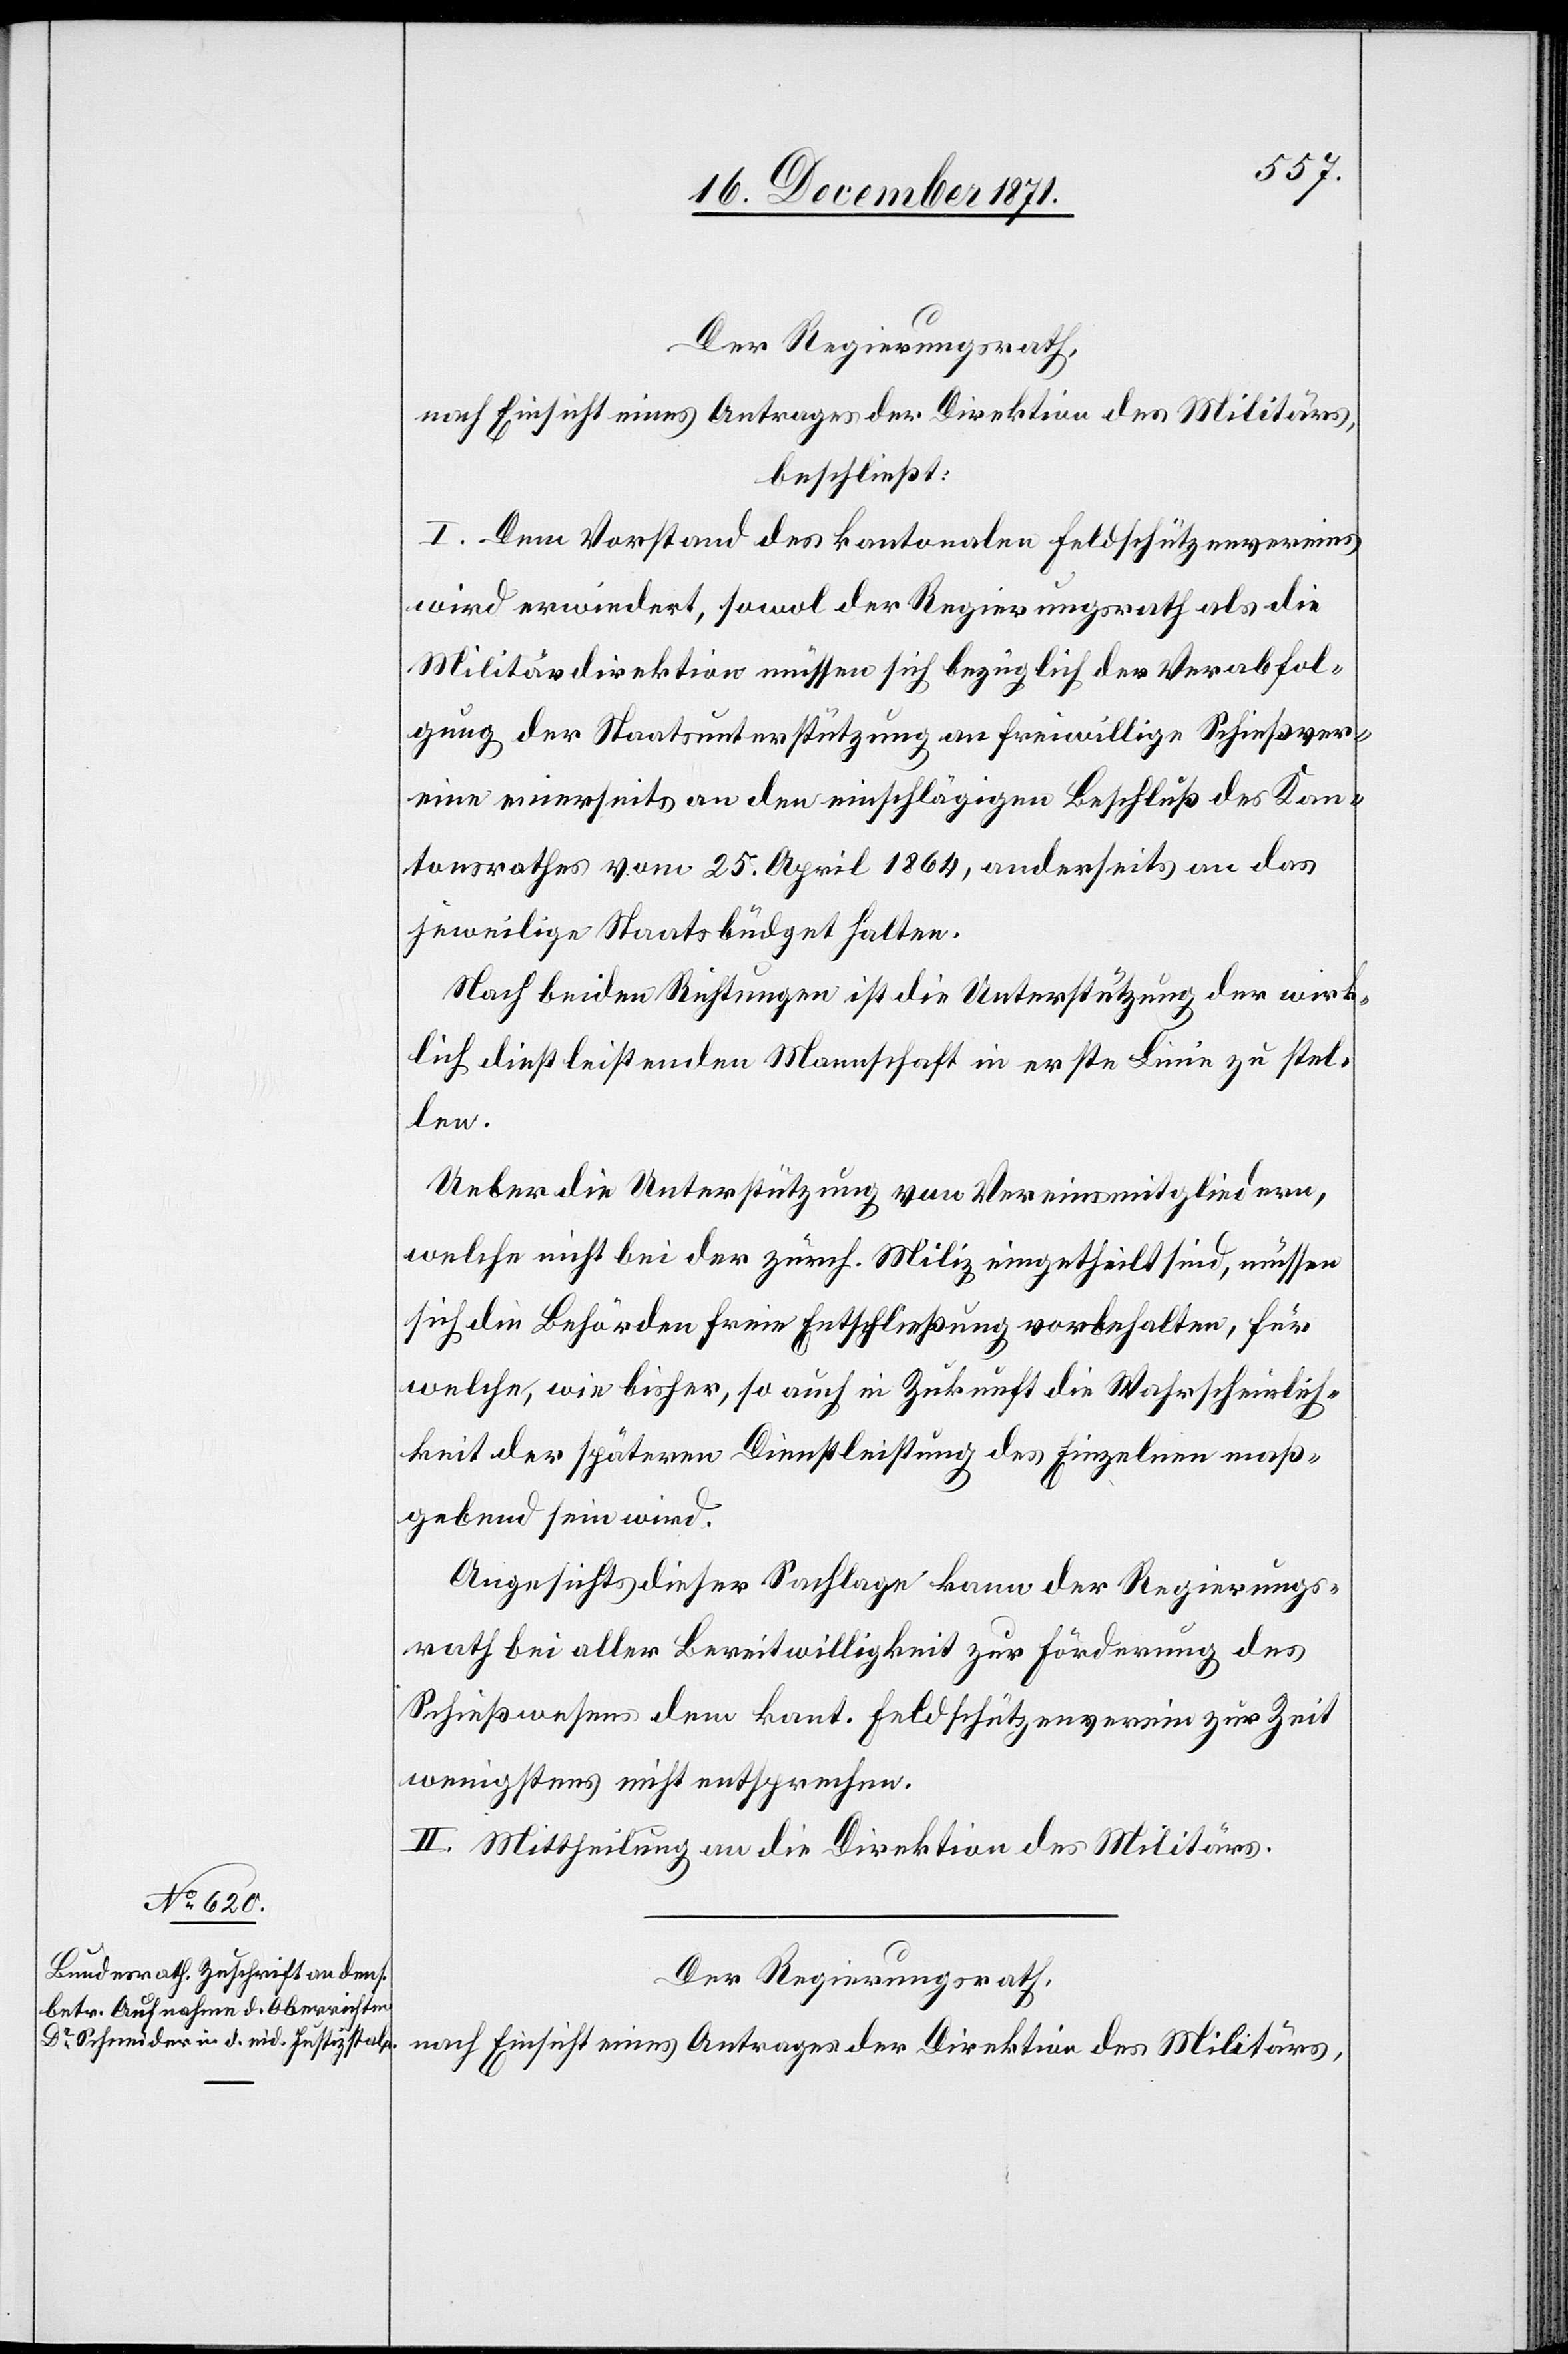
Der Regierungsrath,
nach Einsicht eines Antrages der Direktion des Militärs,
beschließt:
I. Dem Vorstand des kantonalen Feldschützenvereins
wird erwiedert, sowol der Regierungsrath als die
Militärdirektion müssen sich bezüglich der Verabfol¬
gung der Staatsunterstützung an freiwillige Schießver¬
eine einerseits an den einschlägigen Beschluß des Kan¬
tonsrathes vom 25. April 1864, anderseits an das
jeweilige Staatsbüdget halten.
Nach beiden Richtungen ist die Unterstützung der wirk¬
lich dienstleistenden Mannschaft in erste Linie zu stel¬
len.
Ueber die Unterstützung von Vereinsmitgliedern,
welche nicht bei der zürch. Miliz eingetheilt sind, müssen
sich die Behörden freie Entschließung vorbehalten, für
welche, wie bisher, so auch in Zukunft die Wahrscheinlich¬
keit der späteren Dienstleistung des Einzelnen maß¬
gebend sein wird.
Angesichts dieser Sachlage kann der Regierungs¬
rath bei aller Bereitwilligkeit zur Förderung des
Schießwesens dem kant. Feldschützenverein zur Zeit
wenigstens nicht entsprechen.
II. Mittheilung an die Direktion des Militärs.
Der Regierungsrath,
nach Einsicht eines Antrages der Direktion des Militärs,